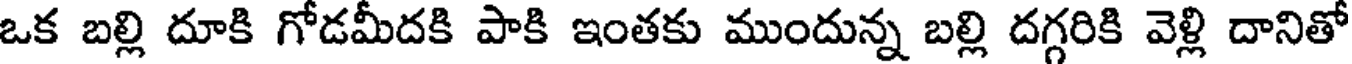
ఒక బల్లి దూకి గోడమీదకి పాకి ఇంతకు ముందున్న బల్లి దగ్గరికి వెళ్లి దానితో